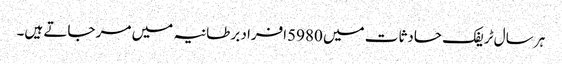
ہر سال ٹریفک حادثات میں 5980افراد برطانیہ میں مر جاتے ہیں۔